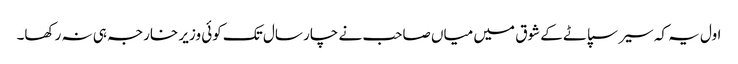
اول یہ کہ سیر سپاٹے کے شوق میں میاں صاحب نے چار سال تک کوئی وزیر خارجہ ہی نہ رکھا۔